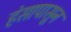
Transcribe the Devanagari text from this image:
हंसापासून